Scottish Leaving Certificate Examination, 1954
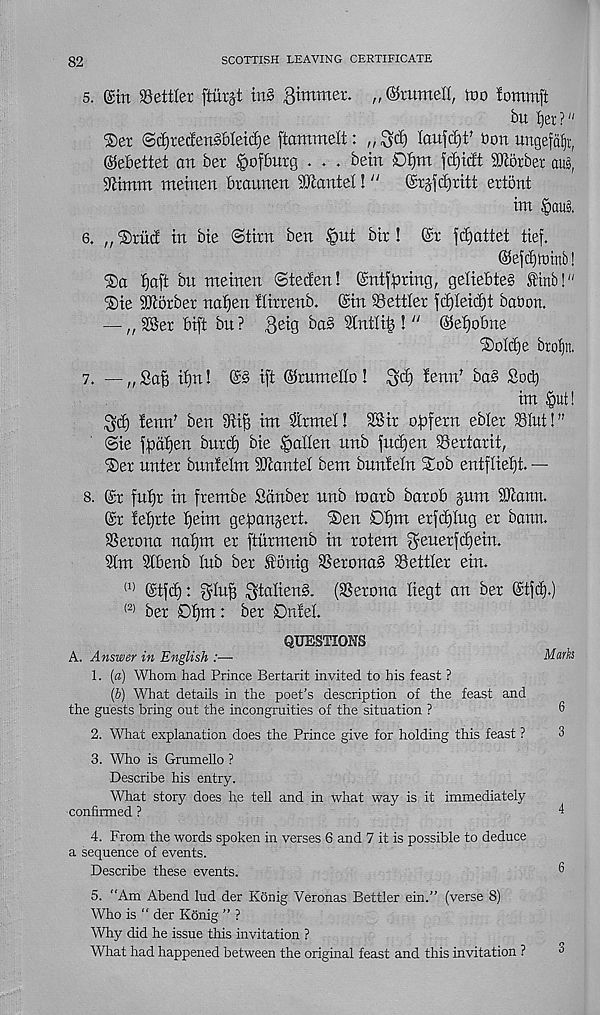
82
SCOTTISH LEAVING CERTIFICATE
5. ©m Settler fturjt ini ftimmex. ,, ©mmell, too lommft
bit ijer?"
2)er ©d)recfeni6Ietc£)e ftommelt: „
laitfcijf Don ungefdfir,
©ebettet an ber §of6uig ... bein 0f)m fd)icit Corbel aus,
9iintm metnen braunen Mantel! "
©rjfd)ritt ertont
im §aus.
6. „ ®ruc! in bie ©tint ben §nt bir ! @r fdjattet tief.
©efdjnimb!
f)aft bn nteinen ©teclen! ©ntfpring, geliebte§ finb!"
®ie SfJcoibet nafjen ilirrenb. ©in Settler fct)Ieict)t baDon.
— „ SSer bift bn ? ^eig bai Stntlib ! “ ©efjobne
'S)oId)e broljn.
7. —„Sa§ itjn! ©i ift ©runteno!
^enn 1 ba§ Sotb
im §ut!
tenn' ben 3tif3 im &mel! SSir o^fern ebler Slut!"
©ie fpdtjen burd) bie fallen nnb fudjen Sertarit,
®er nnter buntelm SOtantel bem buntetn Sob entflietjt. —
8. ©r futjr in frentbe Sdnber unb toarb barob jum SJiann.
©r tetjrte t)eim gegangert. Sen Dt)m erfd)Ing er bann.
Serona nat)nt er ftnrmenb in rotem geuerfdjein.
9tm Stbenb tub ber So nig Seronai Settler ein.
(1) ©tfc^: gtufj ^talieni. (Serona liegt an ber ©tfd).)
(2) ber Df)m: ber 0nM.
QUESTIONS
A. Answ&r in English :—•
Mark
1. (a) Whom had Prince Bertarit invited to his feast ?
(b) What details in the poet’s description of the feast and
the guests bring out the incongruities of the situation ?
6
2. What explanation does the Prince give for holding this feast ?
3
3. Who is Grumello ?
Describe his entry.
What story does he tell and in what way is it immediately
confirmed ?
4
4. From the words spoken in verses 6 and 7 it is possible to deduce
a sequence of events.
Describe these events.
®
5. “Am Abend lud der Konig Veronas Bettler ein.” (verse 8)
Who is “ der Konig ” ?
Why did he issue this invitation ?
What had happened between the original feast and this invitation ?